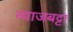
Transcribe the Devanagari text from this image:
व्याजबट्टा